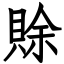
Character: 賖